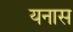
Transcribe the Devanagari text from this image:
यनास